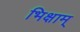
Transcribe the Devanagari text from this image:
भिक्षाम्